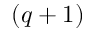
( q + 1 )